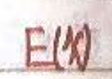
$EM$